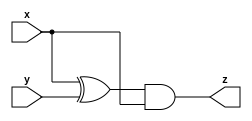
module A1(input x, input y, output z);
    assign z=(x^y)&x;
endmodule
module B1( input x, input y, output z );
    assign z=~(x^y);
endmodule


module top_module (input x, input y, output z);
    wire z1,z2,z3,z4,z5,z6;
    A1 IA1(.x(x),.y(y),.z(z1));
    B1 IB1(.x(x),.y(y),.z(z2));
    A1 IA2(.x(x),.y(y),.z(z3));
    B1 IB2(.x(x),.y(y),.z(z4));
	assign z5=	z1|z2;
	assign z6=	z3&z4;
 	assign z=	z5^z6;
endmodule